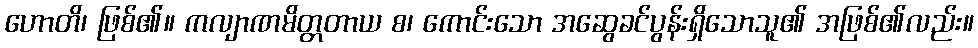
ဟောတိ၊ ဖြစ်၏။ ကလျာဏမိတ္တတာယ စ၊ ကောင်းသော အဆွေခင်ပွန်းရှိသောသူ၏ အဖြစ်၏လည်း။